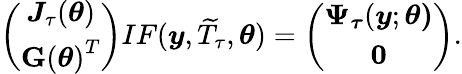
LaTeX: \left(\begin{array}{c}{\boldsymbol{J}_{\tau}(\boldsymbol{\theta})}\\ {\mathbf{G}\left(\boldsymbol{\theta}\right)^{T}}\end{array}\right)IF(\boldsymbol{y},\widetilde{T}_{\tau},\boldsymbol{\theta})=\left(\begin{array}{c}{\boldsymbol{\Psi}_{\boldsymbol{\tau}}(\boldsymbol{y};\boldsymbol{\theta)}}\\ {\mathbf{0}}\end{array}\right).